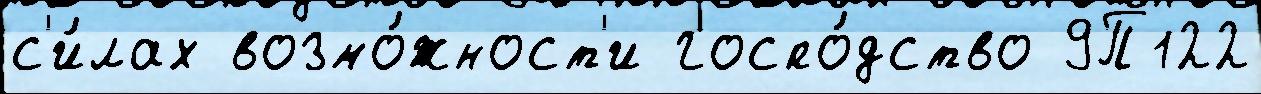
с'и́лах возмо́жност'и госпо́дство 9П122